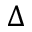
\Delta